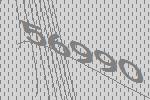
56990